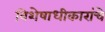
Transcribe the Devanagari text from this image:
विशेषाधीकारांचे